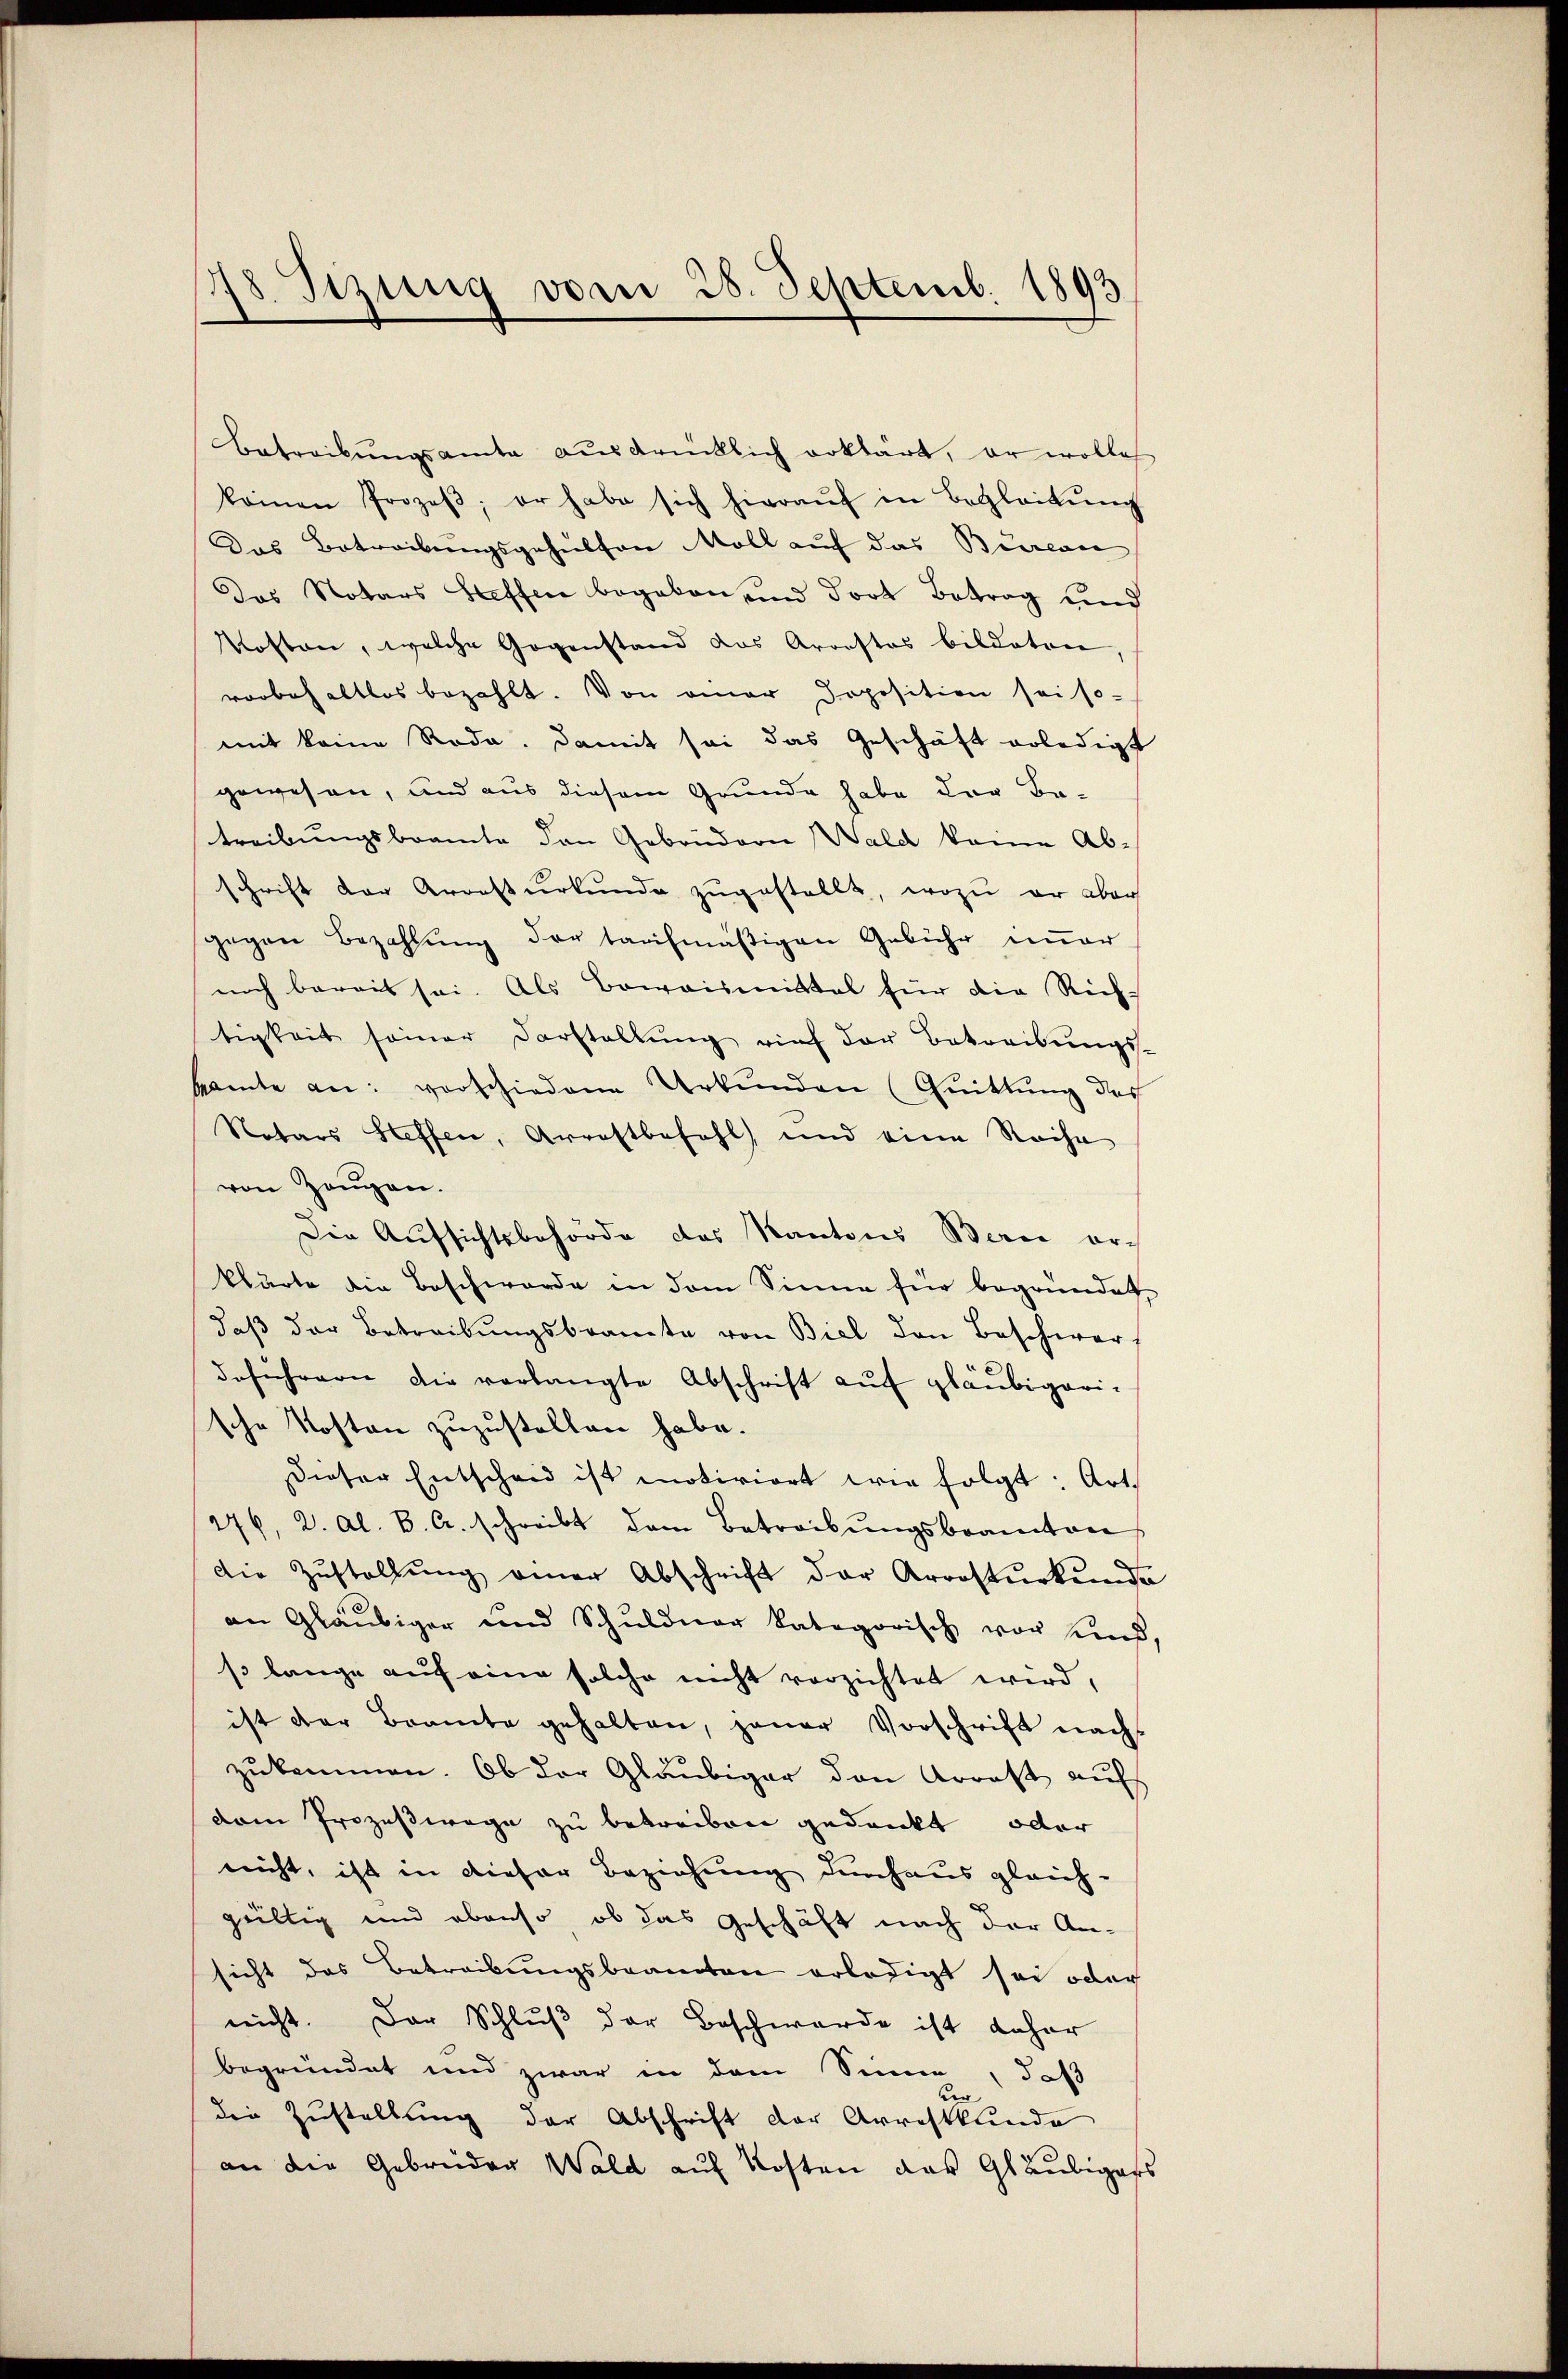
18. Stzung vom 28. Septemb. 1893

Betreibŭngsamte ausdrücklich erklärt, er wolle
komen Prozeβ; er habe sich hieraŭf in Begleitŭng
Das Betreibungsgehülfen Moll auf das Burea
Das Notars Steffen begaben und dort Betrag und
Kosten, welche Gegenstand das Arrestos bildeten,
vorbehaltlos bezahlt. Von einer Poposition sei so-
mit keine Rode. Damit sei das Geschäft erledigt
gewesen, und aus diesem Grunde habe der Be-
treibungsbeamte den Gebrüdern Wald keine Abschrift der Arrestŭrkŭnde zŭgestellt, wozu er aber
gegen Bezahlŭng der tarifmäβigen Gebühr imer
noch bereit sei. Als Beweismittal für die Rich-
tigkeit seiner Darstellŭng rief der Betreibŭngs-
samte an: verschiedene Urkŭnden (Quittung des
Notars Steffen, Arrestbefahl, und eine Rache
von Zeugen.
Die Aufsichtsbehörde des Kantons Berei erklärte die Beschwerde in dem Sinne für begründet
daβ der Betreibŭngsbeamte von Biel den Beschwer-
deführern die verlangte Abschrift aŭf gläubigari-
sche Kosten zuzustellen habe.
dieser Entscheid ist motiviert wie folgt: Art.
276, 2. Al. B. A. schreibt dem Betreibŭngsbeamten
Die Zŭstellŭng einer Abschrift der Arrostŭrkŭnde
an Gläubiger und Schuldner kategorisch vor und
so lange auf eine solche nicht verzichtet wird,
ist der Beamte gehalten, jener Vorschrift nach
zŭkommen. Ob der Gläubiger den Arrest aŭf
dem Prozeßwege zu betreiben gedankt, oder
nicht, ist in dieser Beziehung denhaus gleich-
gültig und ebenso, ob das Geschäft nach der An-
sicht das Betreibungsbeamten erledigt sei oder
nicht. Der Schluß der Beschwerde ist daher
begründet und zwar in dem Sinne, daß
ver
die Zustellung der Abschrift der Arrestkunde
an die Gebrüder Wald auf Kosten das Gläubigers